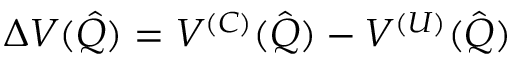
\Delta V ( \boldsymbol { \hat { Q } } ) = V ^ { ( C ) } ( \hat { \boldsymbol { Q } } ) - V ^ { ( U ) } ( \hat { \boldsymbol { Q } } )